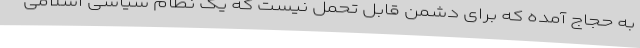
به حجاج آمده که برای دشمن قابل تحمل نیست که یک نظام سیاسی اسلامی